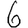
Digit: 6